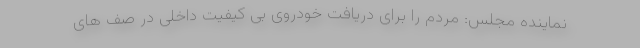
نماینده مجلس: مردم را برای دریافت خودروی بی کیفیت داخلی در صف های